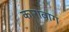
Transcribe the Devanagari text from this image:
कारावाग